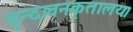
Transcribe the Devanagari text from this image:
वृन्दावनकृतालयः।